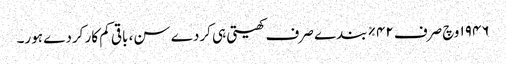
١٩٤٦ وچ صرف ٤٢% بندے صرف کھیتی ہی کردے سن، باقی کم کار کردے ہور۔